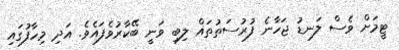
ޓީމަށް ވެސް ލަނޑު ޖަހާނެ ފުރުސަތުތައް ލިބި ވަނީ ބޭކާރުވެފައެވެ. އަދި މިހާފުގައި